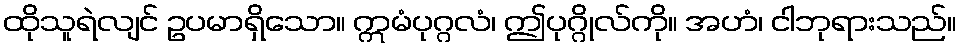
ထိုသူရဲလျင် ဥပမာရှိသော။ ဣမံပုဂ္ဂလံ၊ ဤပုဂ္ဂိုလ်ကို။ အဟံ၊ ငါဘုရားသည်။